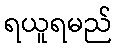
ရယူရမည်